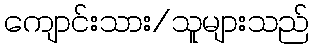
ကျောင်းသား/သူများသည်